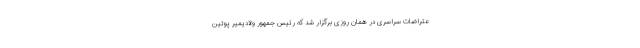
عتراضات سراسری در همان روزی برگزار شد که رئیس جمهور ولادیمیر پوتین